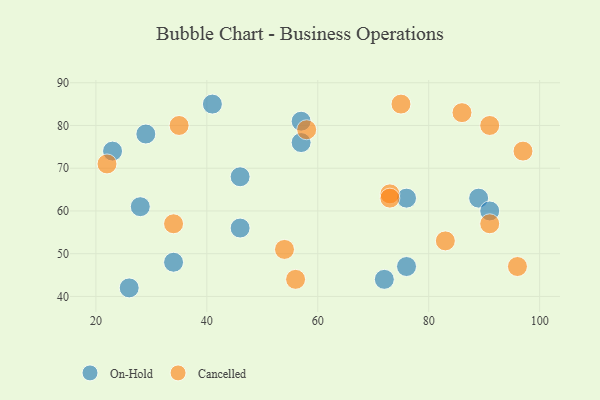
{"axis": {"x": "GDP", "y": "Life Expectancy"}, "legend": ["Cancelled", "On-Hold"], "data": [{"x": "41", "y": 85, "type": "On-Hold"}, {"x": "29", "y": 78, "type": "On-Hold"}, {"x": "28", "y": 61, "type": "On-Hold"}, {"x": "89", "y": 63, "type": "On-Hold"}, {"x": "26", "y": 42, "type": "On-Hold"}, {"x": "46", "y": 68, "type": "On-Hold"}, {"x": "46", "y": 56, "type": "On-Hold"}, {"x": "57", "y": 76, "type": "On-Hold"}, {"x": "72", "y": 44, "type": "On-Hold"}, {"x": "76", "y": 47, "type": "On-Hold"}, {"x": "57", "y": 81, "type": "On-Hold"}, {"x": "23", "y": 74, "type": "On-Hold"}, {"x": "76", "y": 63, "type": "On-Hold"}, {"x": "91", "y": 60, "type": "On-Hold"}, {"x": "34", "y": 48, "type": "On-Hold"}, {"x": "22", "y": 71, "type": "Cancelled"}, {"x": "91", "y": 80, "type": "Cancelled"}, {"x": "35", "y": 80, "type": "Cancelled"}, {"x": "73", "y": 64, "type": "Cancelled"}, {"x": "75", "y": 85, "type": "Cancelled"}, {"x": "56", "y": 44, "type": "Cancelled"}, {"x": "73", "y": 63, "type": "Cancelled"}, {"x": "91", "y": 57, "type": "Cancelled"}, {"x": "86", "y": 83, "type": "Cancelled"}, {"x": "96", "y": 47, "type": "Cancelled"}, {"x": "34", "y": 57, "type": "Cancelled"}, {"x": "54", "y": 51, "type": "Cancelled"}, {"x": "58", "y": 79, "type": "Cancelled"}, {"x": "97", "y": 74, "type": "Cancelled"}, {"x": "83", "y": 53, "type": "Cancelled"}]}